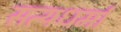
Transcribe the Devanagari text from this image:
सत्यधर्मा